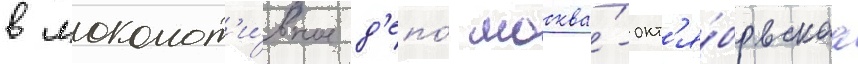
в локомот'и́вное д'епо́ москва́-окт'я́брьскаа